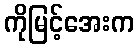
ကိုမြင့်အေးက